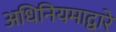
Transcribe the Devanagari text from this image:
अधिनियमाद्वारे